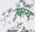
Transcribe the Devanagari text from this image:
चल्य